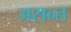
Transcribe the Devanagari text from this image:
जसन्त